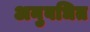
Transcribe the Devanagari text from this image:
अनुबधित